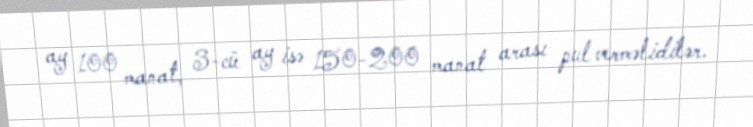
ay 100 manat, 3-cü ay isə 150-200 manat arası pul verməlidilər.